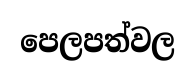
පෙලපත්වල